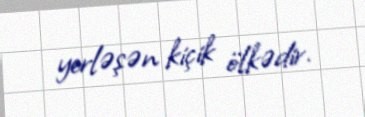
yerləşən kiçik ölkədir.